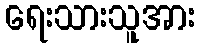
ရေးသားသူအား